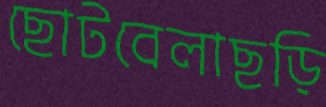
ছোটবেলাছড়ি